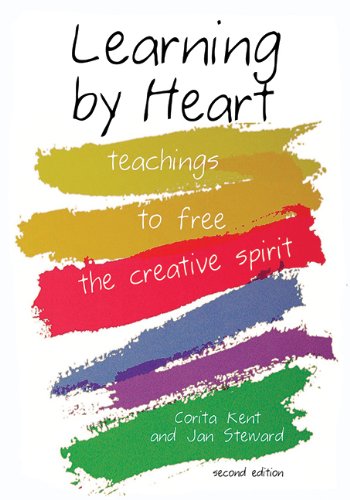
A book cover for Learning by Heart: Teachings to Free the Creative Spirit; Corita Kent; Arts & Photography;